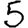
Digit: 5